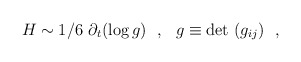
\begin{align*}H \sim 1/6~\partial_t (\log g) ~~ , ~~ g \equiv {\rm det}~(g_{ij}) ~~,\end{align*}